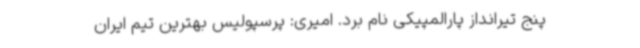
پنج تیرانداز پارالمپیکی نام برد. امیری: پرسپولیس بهترین تیم ایران